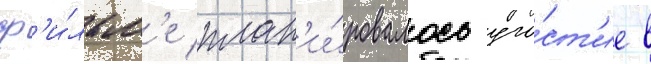
ф'и́льм'е план'и́ровалось уча́ст'ие в